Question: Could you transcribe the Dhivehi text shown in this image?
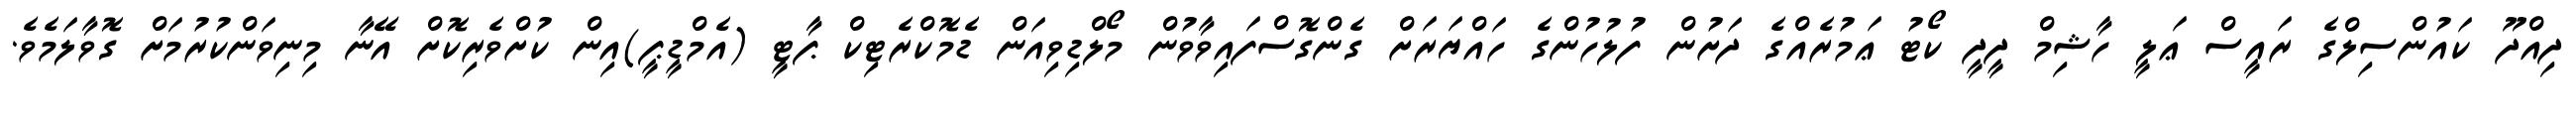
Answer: ދިއްދޫ ކައުންސިލްގެ ރައީސް ޢަލީ ހާޝިމް ދީދީ ކޯޓު ޢަމުރެއްގެ ދަށުން ފުލުހުންގެ ހައްޔަރަށް ގެންގޮސްފައިވާވުން މޯލްޑިވިއަން ޑެމޮކްރެޓިކް ޕާޓީ (އެމްޑީޕީ)އިން ކުށްވެރިކޮށް އޭނާ މިނިވަންކުރުމަށް ގޮވާލަމެވެ.